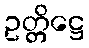
ဥတ္တိဋ္ဌေ